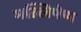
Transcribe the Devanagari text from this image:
मल्लिषेण